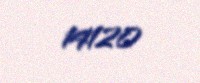
14120